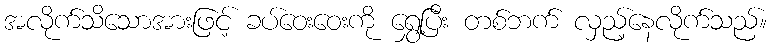
အလိုက်သိသောအားဖြင့် ခပ်ဝေးဝေးကို ရွှေ့ပြီး တစ်ဘက် လှည့်နေလိုက်သည်။